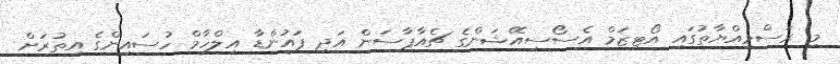
މި ރަސްމިއްޔާތުގައި އޯޓިޒަމް އެސޯސިއޭޝަންގެ ޗެއާޕާސަން އަދި ފައުންޑާ އިލްހާމް ހުސައިންގެ އިތުރަށް